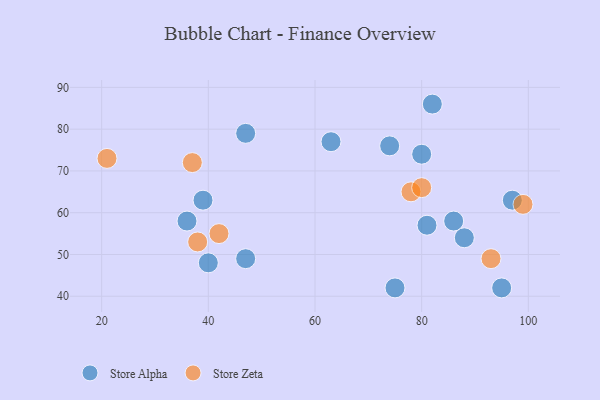
{"axis": {"x": "GDP", "y": "Life Expectancy"}, "legend": ["Store Alpha", "Store Zeta"], "data": [{"x": "63", "y": 77, "type": "Store Alpha"}, {"x": "40", "y": 48, "type": "Store Alpha"}, {"x": "75", "y": 42, "type": "Store Alpha"}, {"x": "81", "y": 57, "type": "Store Alpha"}, {"x": "47", "y": 49, "type": "Store Alpha"}, {"x": "47", "y": 79, "type": "Store Alpha"}, {"x": "74", "y": 76, "type": "Store Alpha"}, {"x": "36", "y": 58, "type": "Store Alpha"}, {"x": "95", "y": 42, "type": "Store Alpha"}, {"x": "82", "y": 86, "type": "Store Alpha"}, {"x": "86", "y": 58, "type": "Store Alpha"}, {"x": "97", "y": 63, "type": "Store Alpha"}, {"x": "39", "y": 63, "type": "Store Alpha"}, {"x": "80", "y": 74, "type": "Store Alpha"}, {"x": "88", "y": 54, "type": "Store Alpha"}, {"x": "78", "y": 65, "type": "Store Zeta"}, {"x": "80", "y": 66, "type": "Store Zeta"}, {"x": "99", "y": 62, "type": "Store Zeta"}, {"x": "42", "y": 55, "type": "Store Zeta"}, {"x": "21", "y": 73, "type": "Store Zeta"}, {"x": "37", "y": 72, "type": "Store Zeta"}, {"x": "38", "y": 53, "type": "Store Zeta"}, {"x": "93", "y": 49, "type": "Store Zeta"}]}